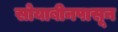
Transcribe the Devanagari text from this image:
सोयाबीनपासून